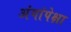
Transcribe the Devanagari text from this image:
अंगांपेक्षा